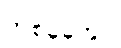
တစ်ခုခုတွင်